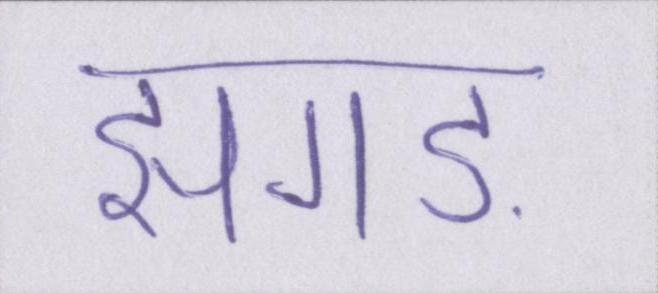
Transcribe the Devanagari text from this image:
झगड़